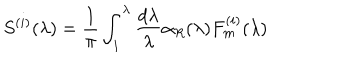
LaTeX: S ^ { ( i ) } ( \lambda ) = \frac 1 \pi \int _ { 1 } ^ { \lambda } \frac { d \lambda } \lambda \alpha _ { R } ( \lambda ) F _ { m } ^ { ( i ) } ( \lambda )